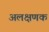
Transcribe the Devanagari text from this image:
अलक्षणक